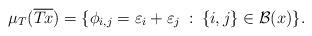
LaTeX: \begin{align*} \mu_T(\overline{T_{}x})=\{\phi_{i,j}=\varepsilon_i+\varepsilon_j\::\:\{i,j\}\in {\mathcal B}(x)\}.\end{align*}